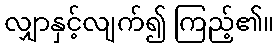
လျှာနှင့်လျက်၍ ကြည့်၏။